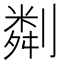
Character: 㔂